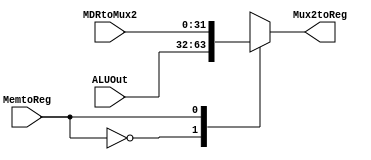
`timescale 1ns / 1ps
//////////////////////////////////////////////////////////////////////////////////
// Company: 
// Engineer: 
// 
// Design Name: 
// Module Name:    mux2 
// Project Name: 
// Target Devices: 
// Tool versions: 
// Description: 
//
// Dependencies: 
//
// Revision: 
// Revision 0.01 - File Created
// Additional Comments: 
//
//////////////////////////////////////////////////////////////////////////////////
module mux2(MDRtoMux2,ALUOut,Mux2toReg, MemtoReg);
input[31:0] MDRtoMux2;
input[31:0] ALUOut;
input MemtoReg;
output reg [31:0] Mux2toReg;

always @ (MDRtoMux2, ALUOut, MemtoReg)
begin
case (MemtoReg)
	0: Mux2toReg <= ALUOut;
	1: Mux2toReg<= MDRtoMux2;
endcase
end

endmodule